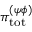
{ \pi } _ { \mathrm { t o t } } ^ { ( \psi \phi ) }